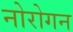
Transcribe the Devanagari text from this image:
नोरोगन